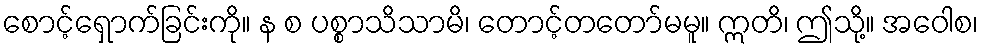
စောင့်ရှောက်ခြင်းကို။ န စ ပစ္စာသိသာမိ၊ တောင့်တတော်မမူ။ ဣတိ၊ ဤသို့။ အဝေါစ၊